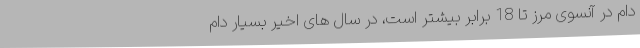
دام در آنسوی مرز تا 18 برابر بیشتر است، در سال های اخیر بسیار دام